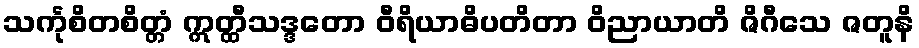
သင်္ကုစိတစိတ္တံ ဣတ္ထီသဒ္ဒတော ဝီရိယာဓိပတိတာ ဝိညာယာတိ ဇိဂီသေ ဇတူနိ